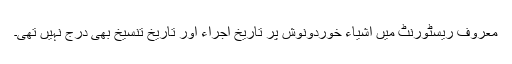
معروف ریسٹورنٹ میں اشیاء خوردونوش پر تاریخ اجراء اور تاریخ تنسیخ بھی درج نہیں تھی۔